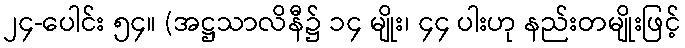
၂၄-ပေါင်း ၅၄။ (အဋ္ဌသာလိနီ၌ ၁၄ မျိုး၊ ၄၄ ပါးဟု နည်းတမျိုးဖြင့်